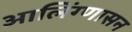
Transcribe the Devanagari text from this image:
आलिंग्णासन